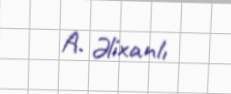
A. Əlixanlı